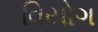
વિયોગ